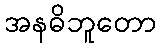
အနဓိဘူတော